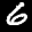
Label: 6